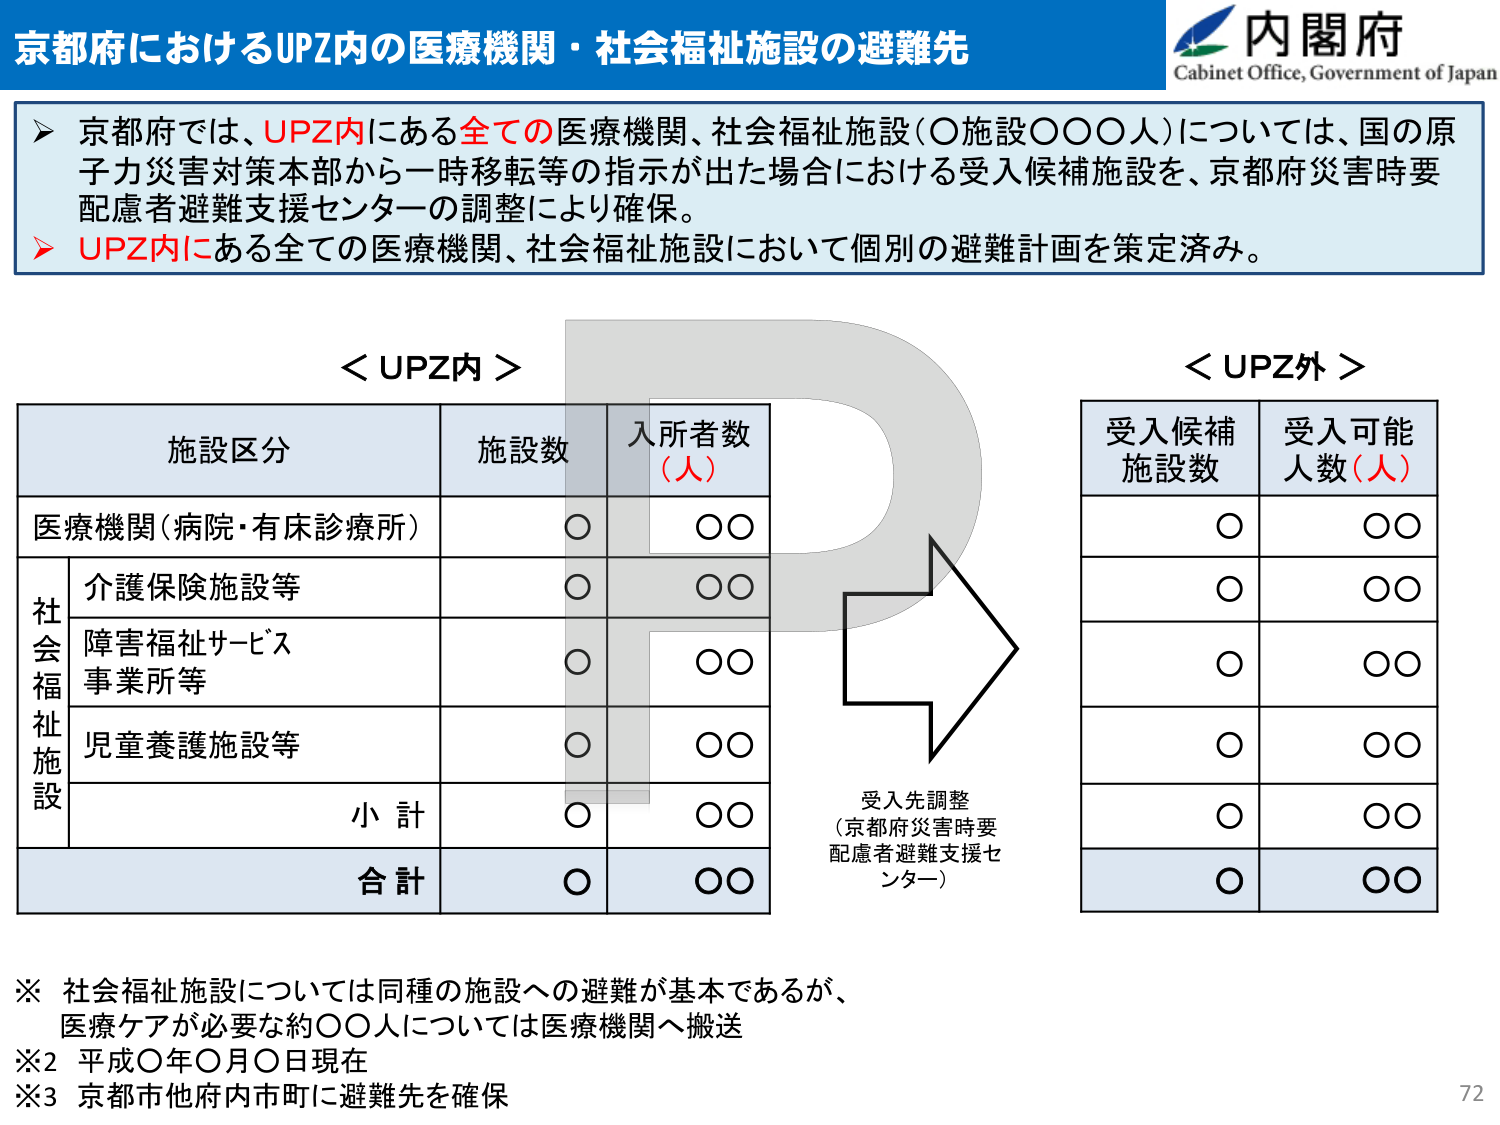
京都府におけるUPZ内の医療機関・社会福祉施設の避難先

内閣府
Cabinet Office, Government of Japan

➤ 京都府では、UPZ内にある全ての医療機関、社会福祉施設（○施設○○○人）については、国の原子力災害対策本部から一時移転等の指示が出た場合における受入候補施設を、京都府災害時要配慮者避難支援センターの調整により確保。
➤ UPZ内にある全ての医療機関、社会福祉施設において個別の避難計画を策定済み。

＜UPZ内＞
施設区分　　　　　　施設数　　　入所者数（人）
医療機関（病院・有床診療所）　　○　　　　○○
社会福祉施設
　　介護保険施設等　　　　　　　　○　　　　○○
　　障害福祉サービス事業所等　　　○　　　　○○
　　児童養護施設等　　　　　　　　○　　　　○○
　　　　　　　　　　　　　　　　小計　　○　　　　○○
　　　　　　　　　　　　　　　　合計　　○　　　　○○

＜UPZ外＞
受入候補施設数　　受入可能人数（人）
　　　○　　　　　　○○
　　　○　　　　　　○○
　　　○　　　　　　○○
　　　○　　　　　　○○
　　　○　　　　　　○○
　　　○　　　　　　○○

受入先調整
（京都府災害時要配慮者避難支援センター）

※ 社会福祉施設については同種の施設への避難が基本であるが、
　医療ケアが必要な約○○人については医療機関へ搬送
※2 平成○年○月○日現在
※3 京都市他府内市町に避難先を確保

72